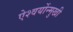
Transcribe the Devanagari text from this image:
ऐश्वर्योन्मुखी